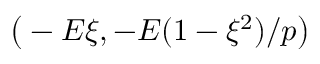
\big ( - E \xi , - E ( { 1 - \xi ^ { 2 } } ) / { p } \big )